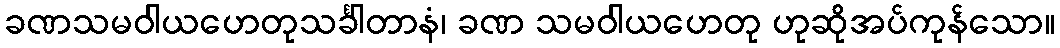
ခဏသမဝါယဟေတုသင်္ခါတာနံ၊ ခဏ သမဝါယဟေတု ဟုဆိုအပ်ကုန်သော။